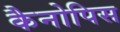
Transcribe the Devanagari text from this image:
कैनोपिस